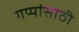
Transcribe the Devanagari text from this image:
गप्पांसाठी